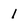
Character: 1